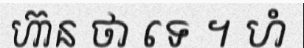
ហ៊ាន ថា ទេ ។ ហំ